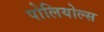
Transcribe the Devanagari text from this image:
पोलियोल्स